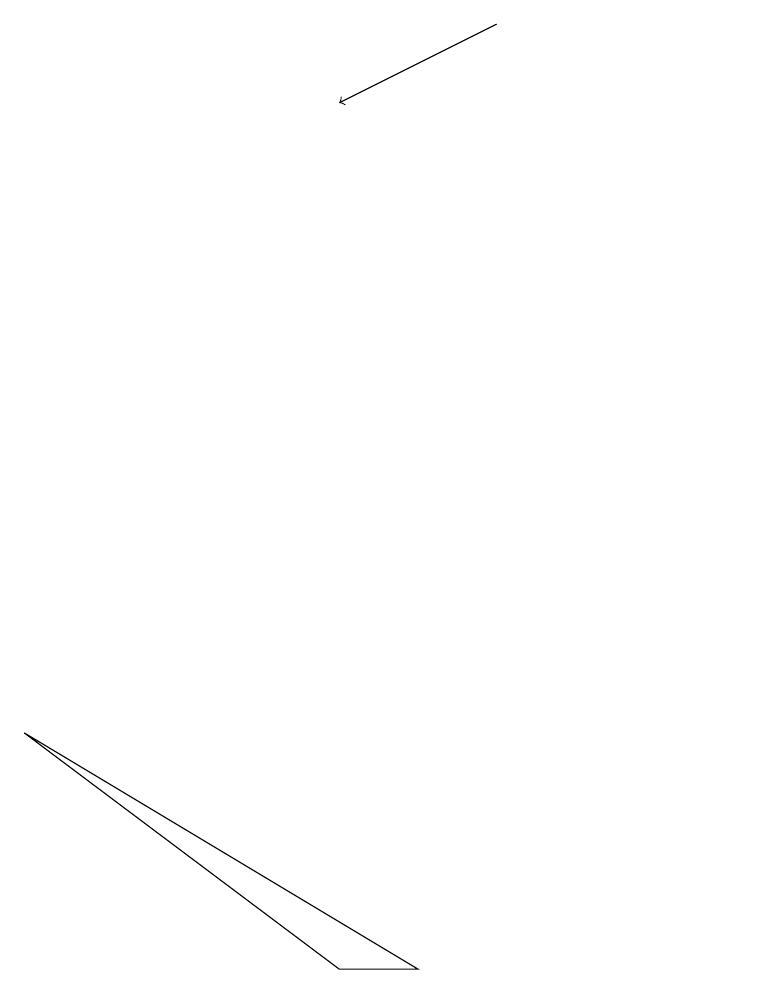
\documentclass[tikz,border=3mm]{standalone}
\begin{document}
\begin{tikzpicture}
\draw (11,11) circle (0);
\draw (7,0) -- (6,0) -- (2,3) -- cycle;
\draw[->] (8,12) -- (6,11);
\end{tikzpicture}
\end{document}